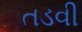
તડવી